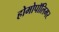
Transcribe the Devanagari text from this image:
होमोपॉलिमर